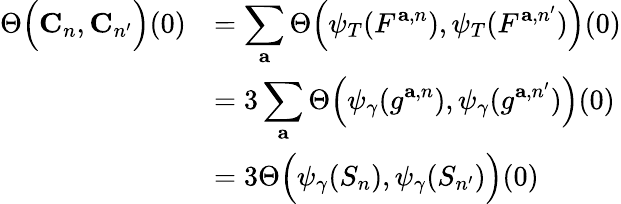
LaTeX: \begin{array}{rl}{\Theta\Big(\mathbf{C}_{n},\mathbf{C}_{n^{\prime}}\Big)(0)}&{=\displaystyle\sum_{\mathbf{a}}\Theta\Big(\psi_{T}(F^{\mathbf{a},{n}}),\psi_{T}(F^{\mathbf{a},{n^{\prime}}})\Big)(0)}\\ &{=3\displaystyle\sum_{\mathbf{a}}\Theta\Big(\psi_{\gamma}(g^{\mathbf{a},{n}}),\psi_{\gamma}(g^{\mathbf{a},{n^{\prime}}})\Big)(0)}\\ &{=3\Theta\Big(\psi_{\gamma}(S_{n}),\psi_{\gamma}(S_{n^{\prime}})\Big)(0)}\end{array}